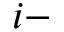
i -